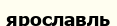
ярославль